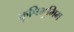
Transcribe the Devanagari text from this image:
कृषिभूमिम